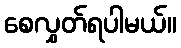
စေလွှတ်ရပါမယ်။